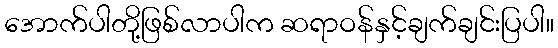
အောက်ပါတို့ဖြစ်လာပါက ဆရာဝန်နှင့်ချက်ချင်းပြပါ။